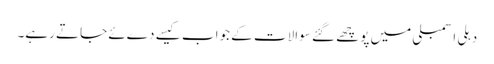
دہلی اسمبلی میں پوچھے گئے سوالات کے جواب کیسے دےئے جاتے رہے۔